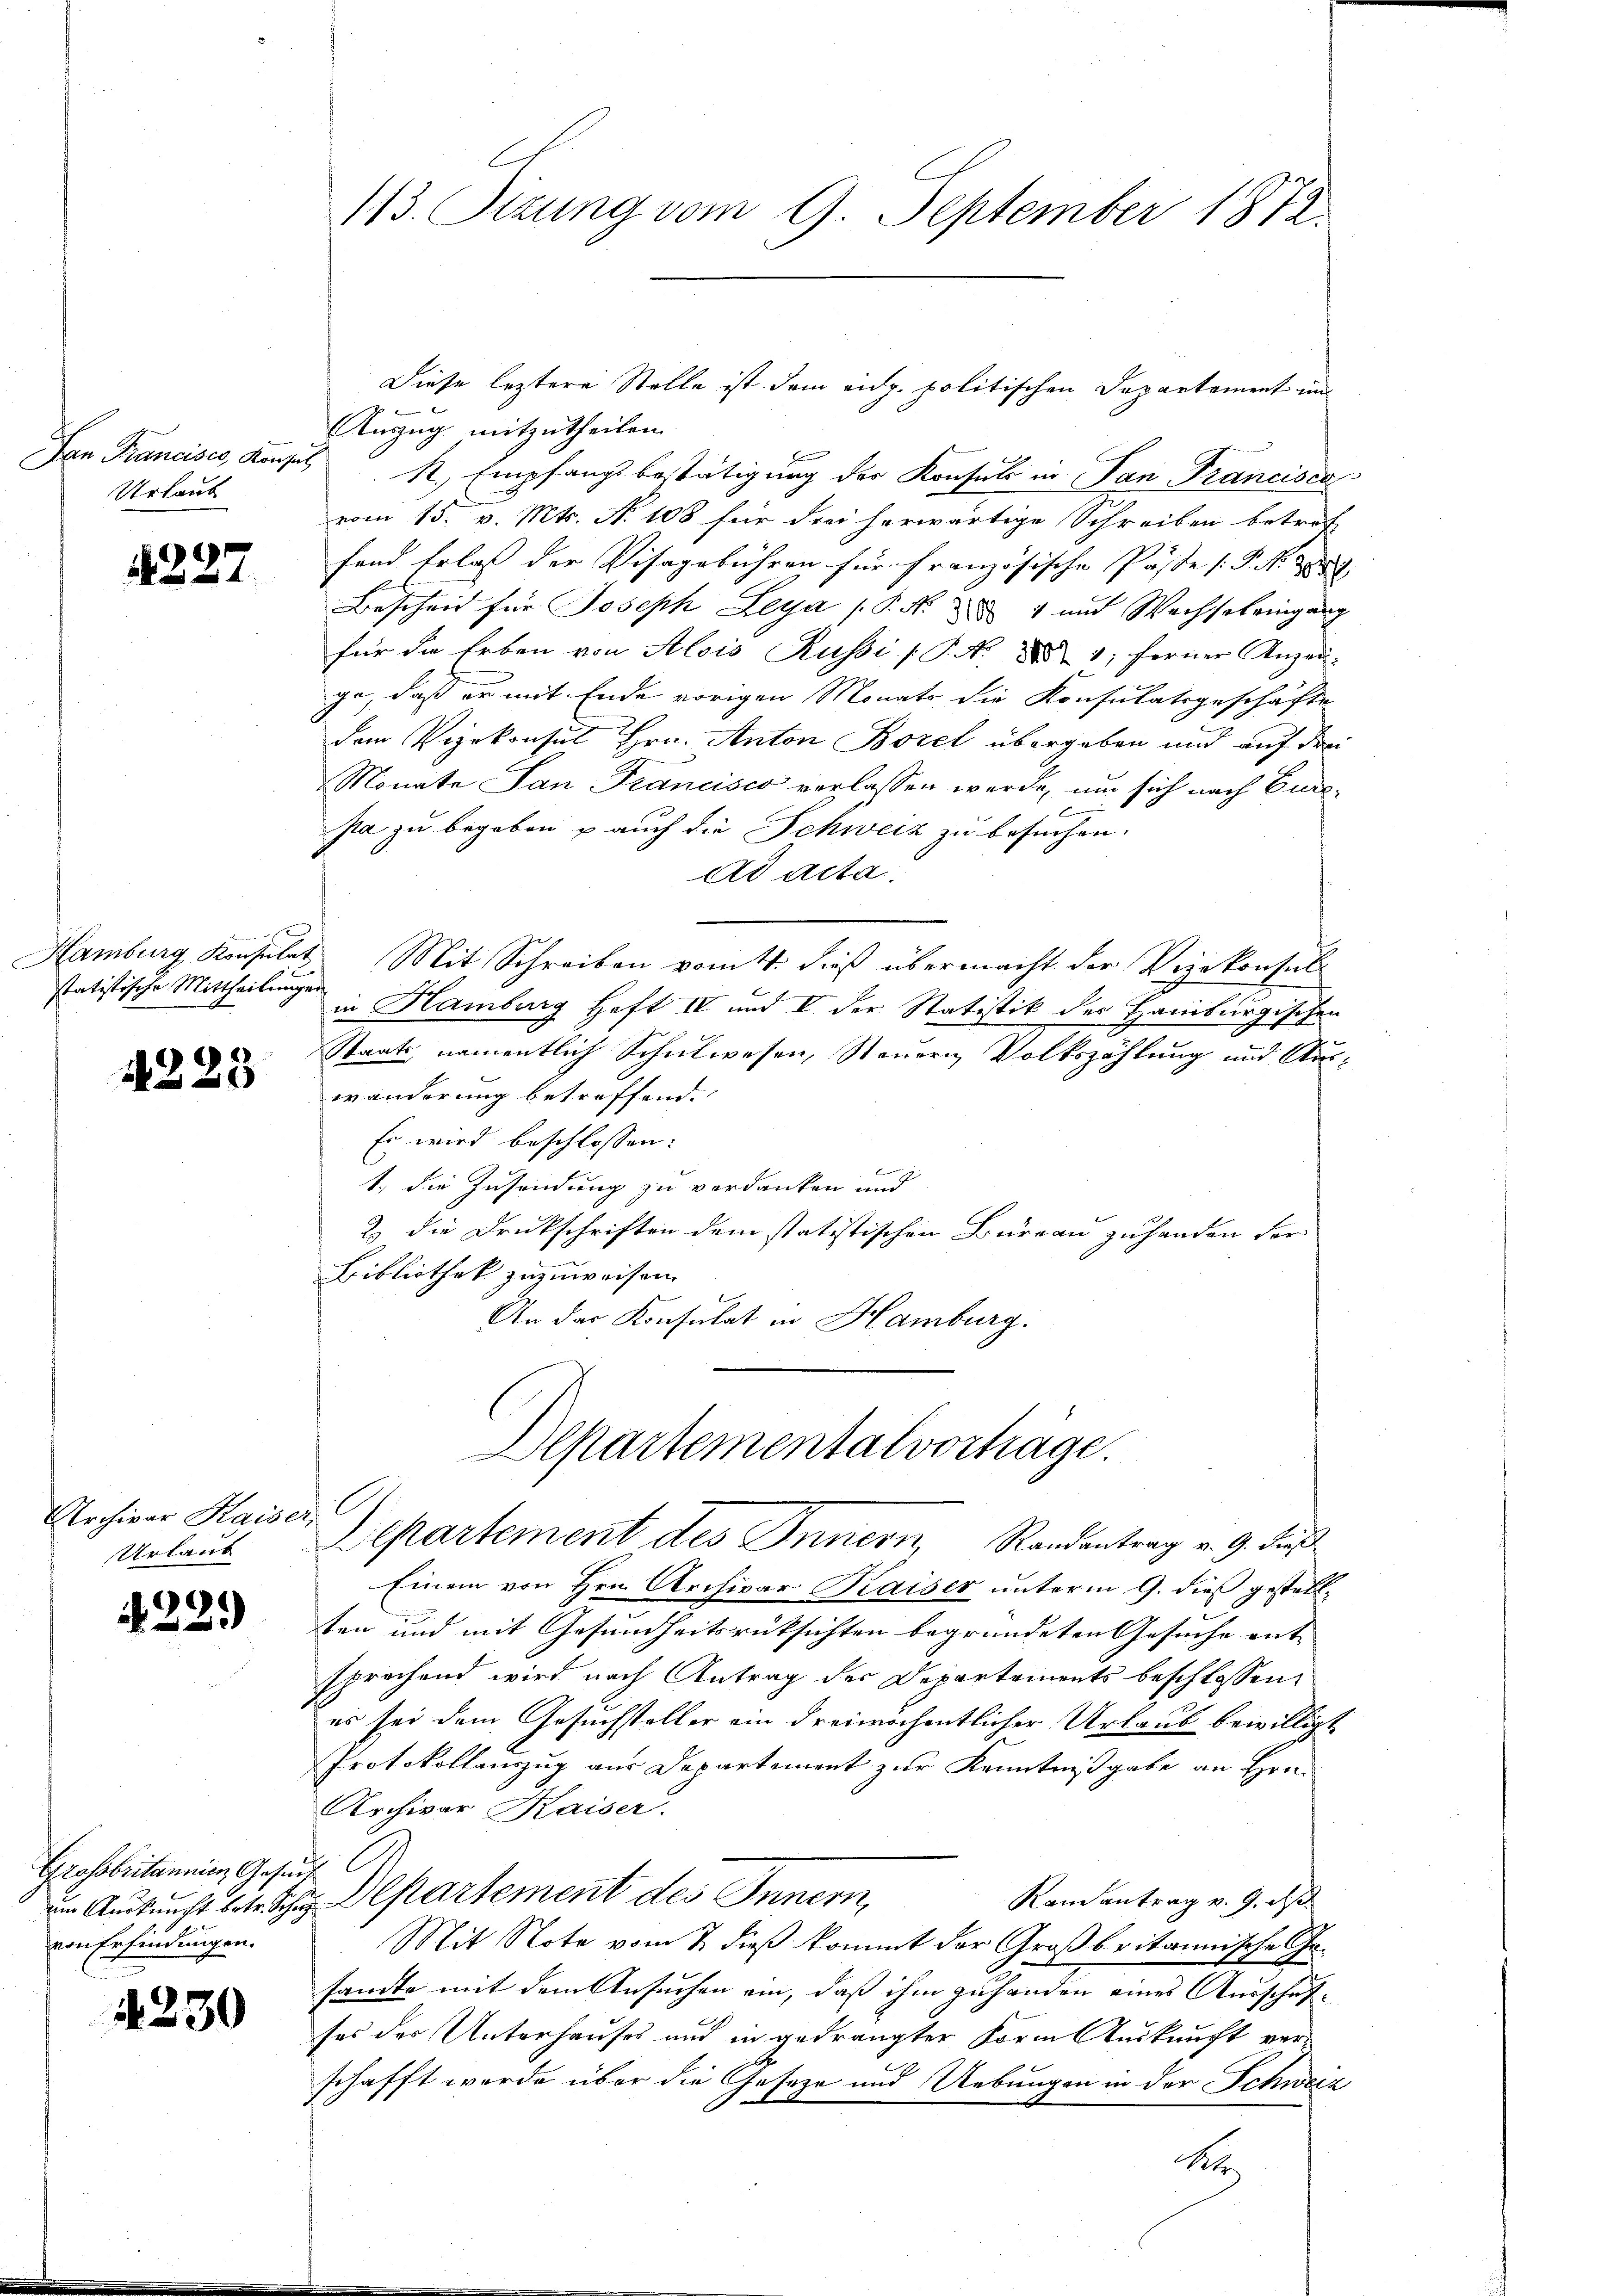
Urlaub

4227.

x
Hamburg Konsulat
statistische Mittheilunge

4223

Archivar Kaiser,
Urlaub

22.)

Grossbritannien Gesuch
um Auskunft betr. Schi
von Erfindungen.

4230

113. Tizung vom 9. September 1872.

Anzug mitzutheilen.
Fan Francises, Konsul R, Empfangsbestätigung der Konsuls in San Francisca
vom 15. v. Mts. No 108 für drei herwärtige Schreiben betref
fand Erlaß der Visagebühren für französische Pässe (s. S.
Bescheid für Joseph Leya P. Nr. 2 und Wechselringung
für die Erben von Alois Russi / P. Nr. 88 1; ferner Anzei-
ge, daß er mit Ende vorigen Monats die Konsulatsgeschäfte
dem Vizekonsul Hrn. Anton Borel übergeben und auf drei
Monate San Francisco verlassen werde, um sich nach Eurepa zu begeben u auch die Schweiz zu besuchen.
ad acta.
Mit Schreiben vom 4. dieß übermacht der Vizekonsul
in Hamburg Heft IV und I der Statistik des Hamburgischen
Staats namentlich Schulwesen, Steuern Volkszählung und Auswänderung betreffend.
Es wird beschlossen:
1.) die Zusendung zu verdanken und
2 die Druckschriften dem statistischen Büreau zuhanden der
Bibliothek zuzuweisen.
An der Konsulat in Hamburg.
Departementalvorträge.
A
Bepartement des Innern, Randentrag v. 9. Fuß
Einem von Hrn. Archivar Kaiser unterm 9. die gestellten und mit Gesundheitsrücksichten begründeten Gesuche entsprochend wird nach Antrag der Departements beschlossen,
es sei dem Gesuchsteller ein dreiwöchentlicher Urlaub bewilligt
Protokollauszug aus Departement zur Kenntnißgabe an Hrn.
Archivar Kaiser.
Departement des Innern,
Ramantrag v. 9. ds.
Mit Note vom 2. dieß kommt der Großbritannische Gesandte mit dem Ansuchen ein, daß ihm zuhanden eines Ausschufses des Unterhauses und in gedrängter Form Auskunft verschafft werde über die Geseze und Uebungen in der Schweiz
A

Diese leztere Stelle ist dem eidg. politischen Departement und